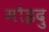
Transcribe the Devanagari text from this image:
मोइदु